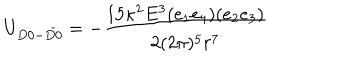
U _ { D 0 - \bar { D 0 } } = - \frac { 1 5 \kappa ^ { 2 } E ^ { 3 } ( e _ { 1 } e _ { 4 } ) ( e _ { 2 } e _ { 3 } ) } { 2 ( 2 \pi ) ^ { 5 } r ^ { 7 } }